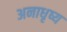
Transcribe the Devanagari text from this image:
अनाधृष्य